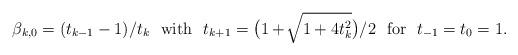
LaTeX: \begin{align*} \beta_{k,0}={(t_{k-1}-1)}/{t_k}\ \ {\rm with}\ \ t_{k+1}=\big(1+\!\sqrt{1+4t_k^2}\big)/2\ \ {\rm for}\ \ t_{-1}=t_0=1. \end{align*}